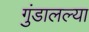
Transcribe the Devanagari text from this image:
गुंडालल्या